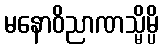
မနောဝိညာဏသ္မိမ္ပိ